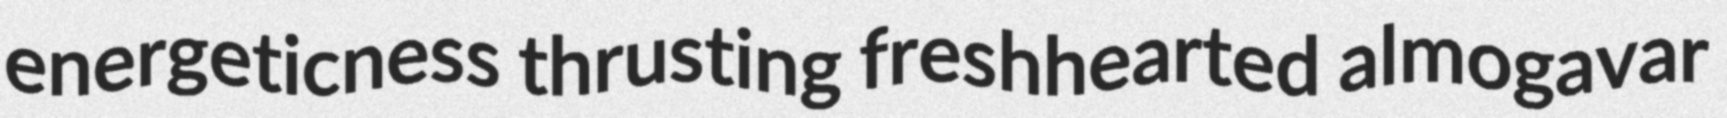
energeticness thrusting freshhearted almogavar